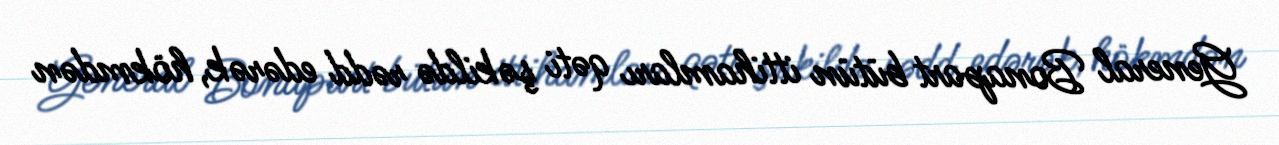
General Bonapart bütün ittihamları qəti şəkildə rədd edərək, hökmdən